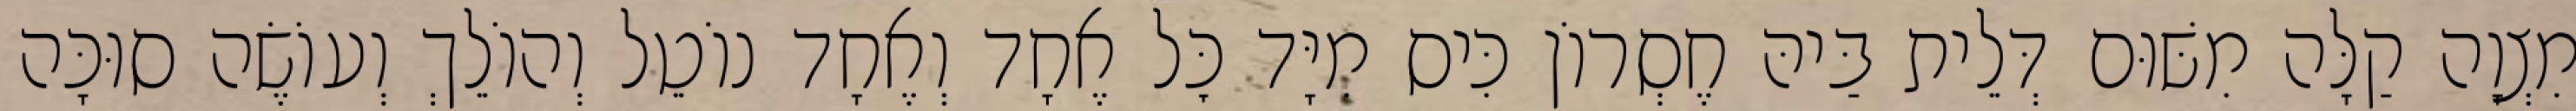
מִצְוָה קַלָּה מִשּׁוּם דְּלֵית בַּיהּ חֶסְרוֹן כִּיס מִיָּד כׇּל אֶחָד וְאֶחָד נוֹטֵל וְהוֹלֵךְ וְעוֹשֶׂה סוּכָּה